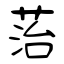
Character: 菭